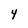
Character: 4